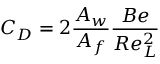
C _ { D } = 2 { \frac { A _ { w } } { A _ { f } } } { \frac { B e } { R e _ { L } ^ { 2 } } }